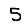
Digit: 5